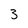
Character: 3